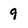
Character: 9